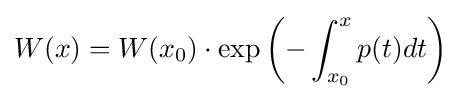
W(x)=W(x_{0})\cdot \exp \left(-\int _{x_{0}}^{x}{p(t)dt}\right)